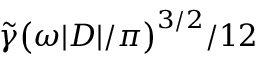
\tilde { \gamma } \big ( \omega | D | / \pi \big ) ^ { 3 / 2 } / 1 2